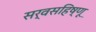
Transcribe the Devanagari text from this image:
सर्वसहिष्णू